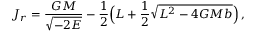
J _ { r } = \frac { G M } { \sqrt { - 2 E } } - \frac { 1 } { 2 } \Big ( L + \frac { 1 } { 2 } \sqrt { L ^ { 2 } - 4 G M b } \Big ) \, ,